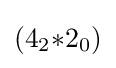
(4_{2}{*}2_{0})